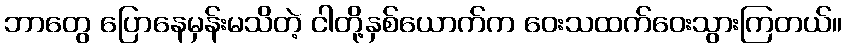
ဘာတွေ ပြောနေမှန်းမသိတဲ့ ငါတို့နှစ်ယောက်က ဝေးသထက်ဝေးသွားကြတယ်။